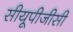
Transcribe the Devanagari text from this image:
सीयूपीजीसी